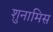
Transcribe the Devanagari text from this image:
शुनामिस